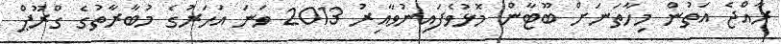
ރާއްޖެ އަތުން މިހާތަނަށް ބޫޓާން މޮޅުވެފައިނުވާއިރު 2013 ވަނަ އަހަރުގެ މުބާރާތުގެ ގްރޫޕް